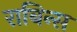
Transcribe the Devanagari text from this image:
राबिन्स